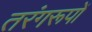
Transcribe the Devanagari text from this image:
तरंगरूपों